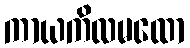
ကာယကိလမထော